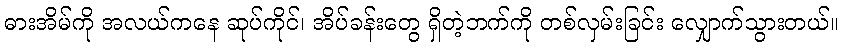
ဓားအိမ်ကို အလယ်ကနေ ဆုပ်ကိုင်၊ အိပ်ခန်းတွေ ရှိတဲ့ဘက်ကို တစ်လှမ်းခြင်း လျှောက်သွားတယ်။